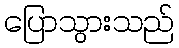
ပြောသွားသည်